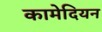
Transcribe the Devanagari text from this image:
कामेदियन